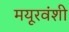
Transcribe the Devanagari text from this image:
मयूरवंशी